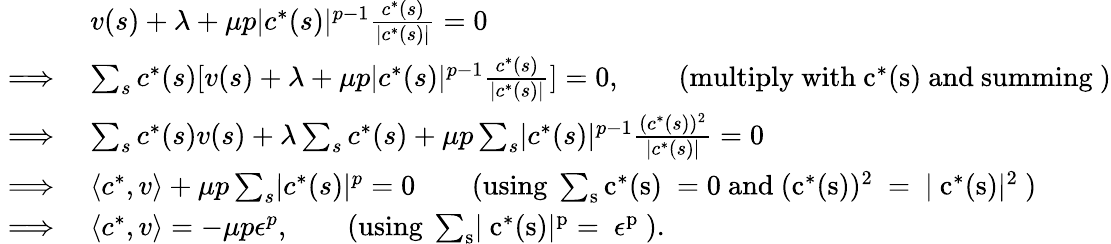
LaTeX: \begin{array}{rl}&{v(s)+\lambda+\mu p\lvert c^{*}(s)\rvert^{p-1}\frac{c^{*}(s)}{\lvert c^{*}(s)\rvert}=0}\\ {\implies}&{\sum_{s}c^{*}(s)[v(s)+\lambda+\mu p\lvert c^{*}(s)\rvert^{p-1}\frac{c^{*}(s)}{\lvert c^{*}(s)\rvert}]=0,\qquad\mathrm{(multiply~with~c^*(s)~and~summing~)}}\\ {\implies}&{\sum_{s}c^{*}(s)v(s)+\lambda\sum_{s}c^{*}(s)+\mu p\sum_{s}\lvert c^{*}(s)\rvert^{p-1}\frac{(c^{*}(s))^{2}}{\lvert c^{*}(s)\rvert}=0}\\ {\implies}&{\langle c^{*},v\rangle+\mu p\sum_{s}\lvert c^{*}(s)\rvert^{p}=0\qquad\mathrm{(using~\sum_{s}c^*(s)~=0~and~(c^*(s))^2~=~\lvert~c^*(s)\rvert^2~)}}\\ {\implies}&{\langle c^{*},v\rangle=-\mu p\epsilon^{p},\qquad\mathrm{(using~\sum_{s}\lvert~c^*(s)\rvert^p=~\epsilon^p~).}}\end{array}